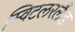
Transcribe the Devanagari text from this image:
स्विटलरलैंड